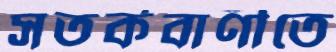
সতর্কবাণীতে